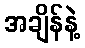
အချိန်နဲ့